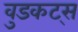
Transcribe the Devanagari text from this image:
वुडकट्स